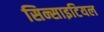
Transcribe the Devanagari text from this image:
सिन्साइटियल